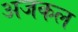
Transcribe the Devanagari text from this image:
अजकल